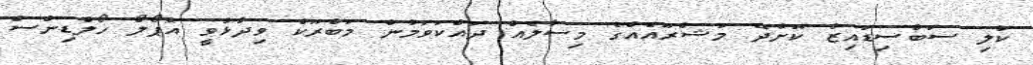
ކުލި ސަބްސިޑައިޒް ކޮށްދޭ މަޝްރޫއެއްގެ މިސާލެއް ދައްކަވަމުން މަބްރޫކް ވިދާޅުވީ އެޕޯލޯ ހޯލްޑިންސް